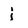
Character: j